DOW-UAP-D8, Mission Report, Djibouti, 2025
Agency: Department of War
Incident location: Mediterranean Sea
Page 2
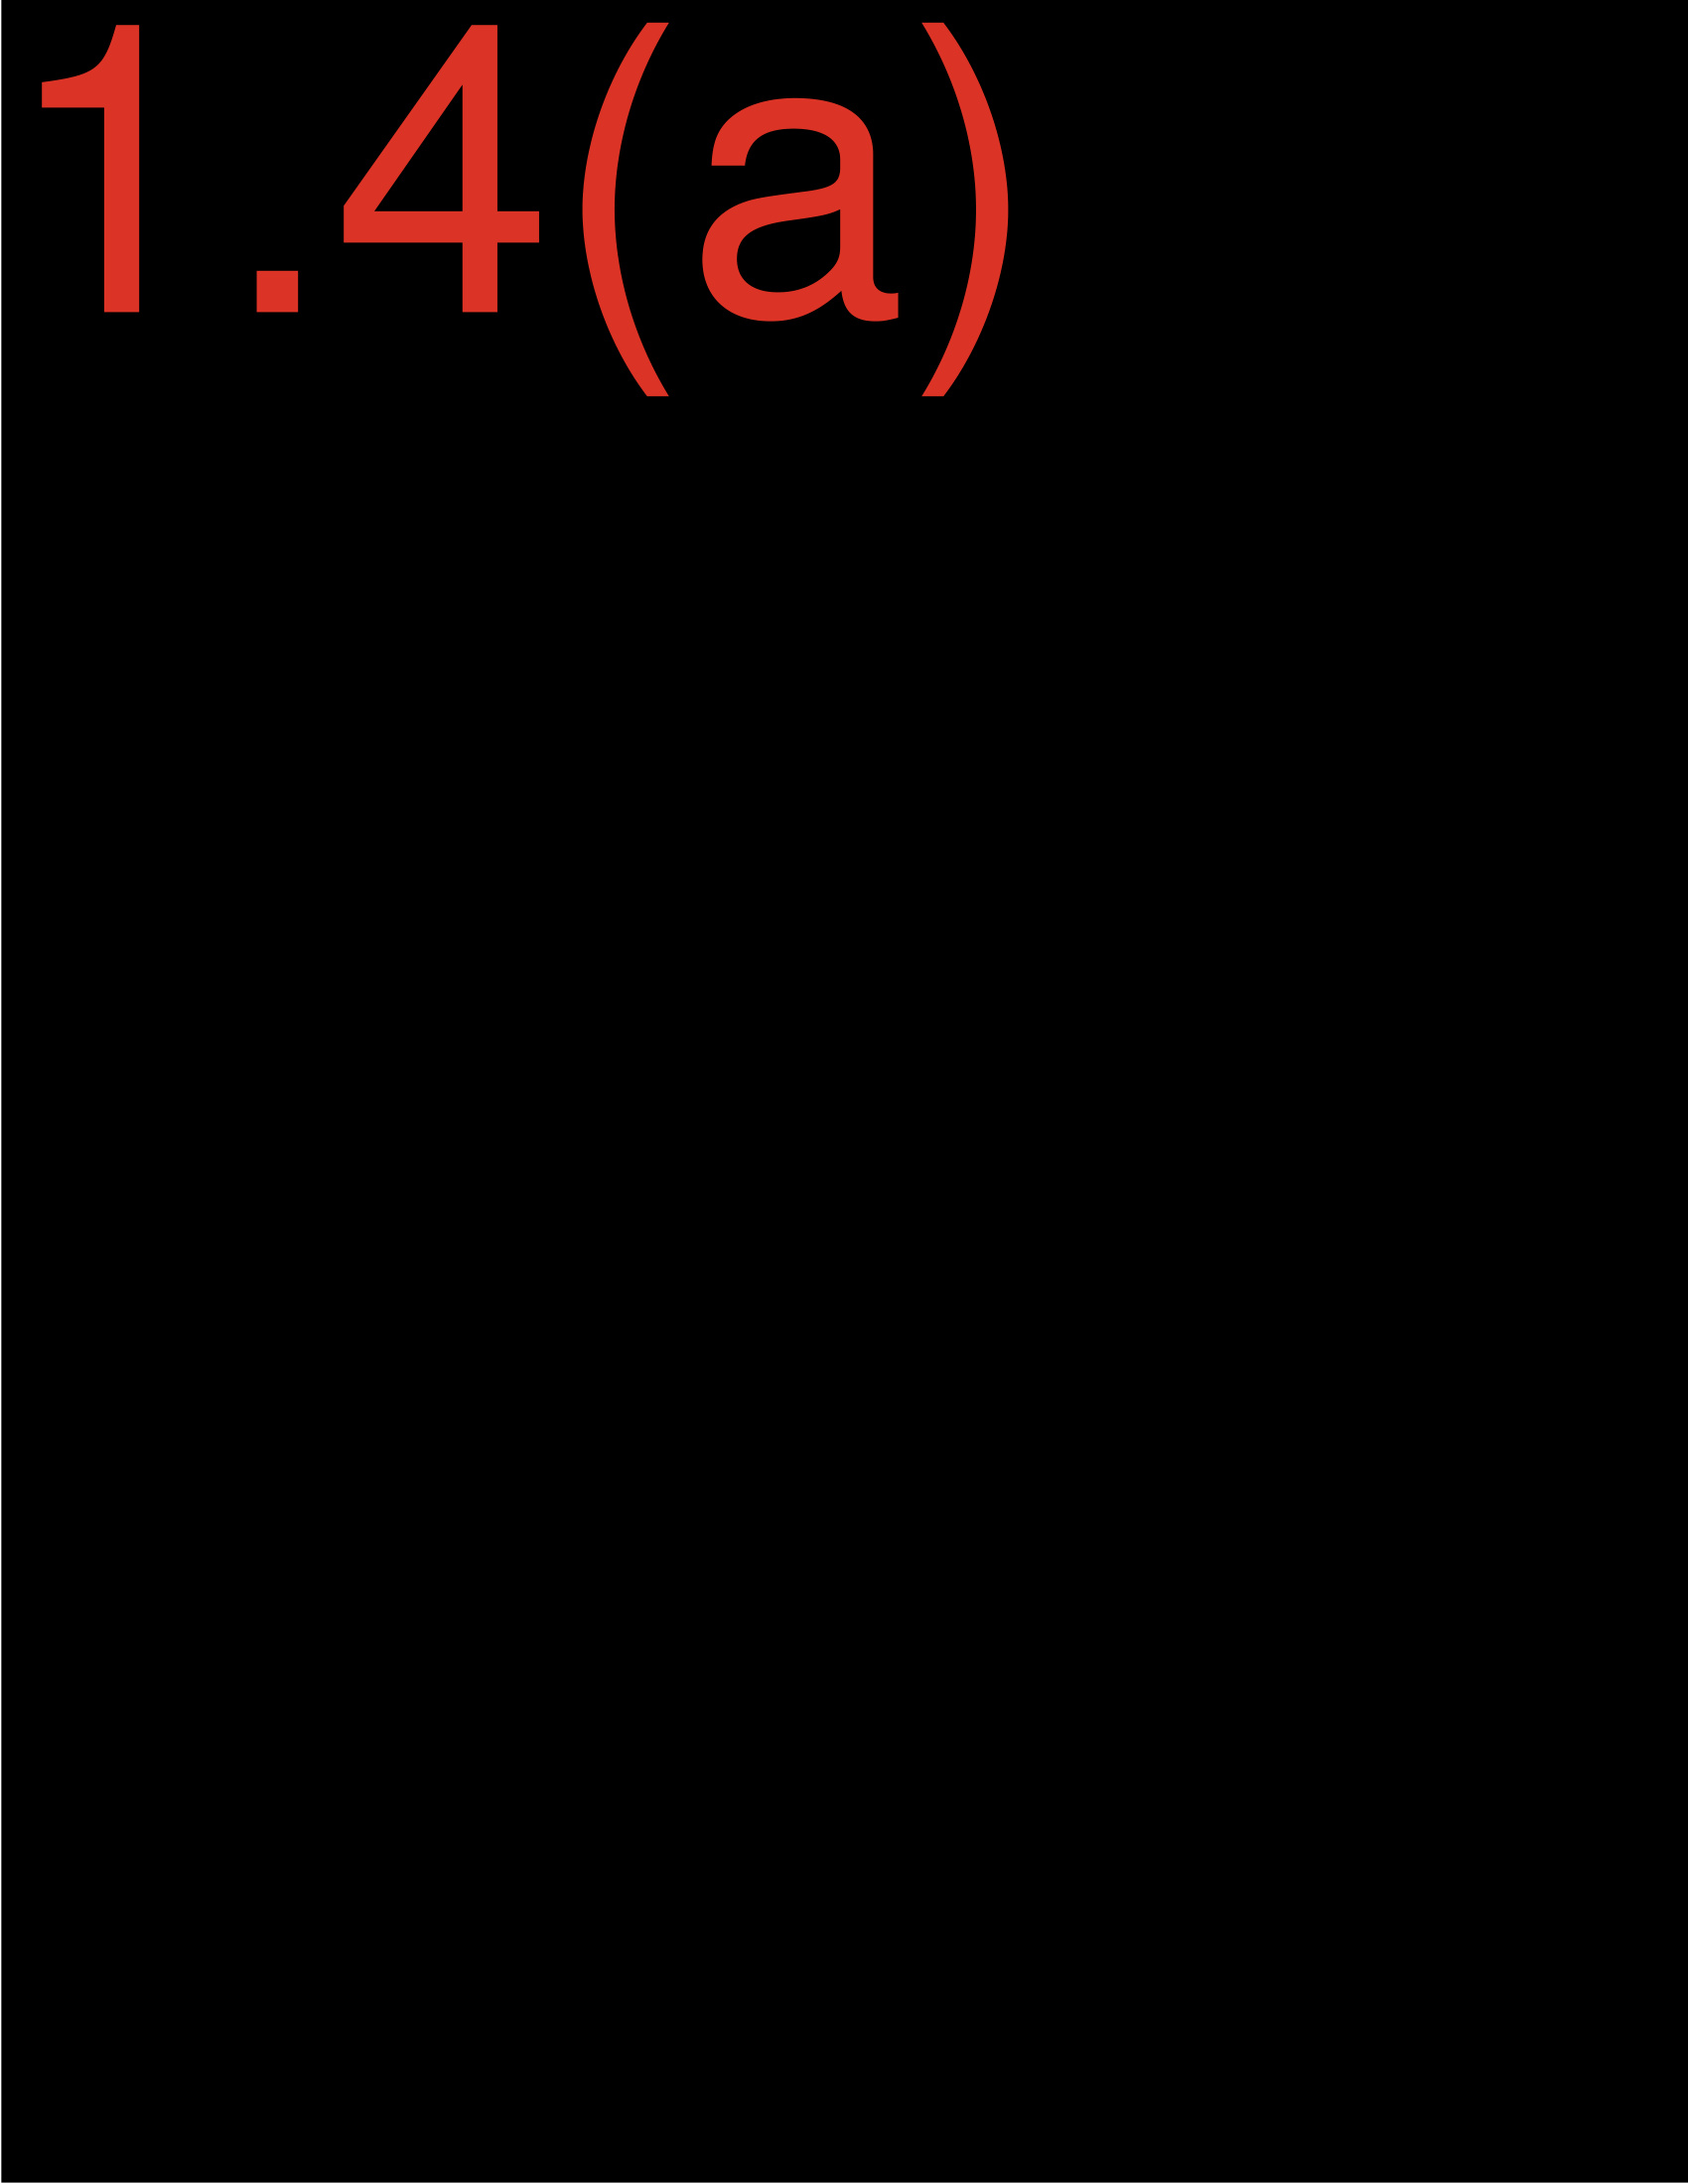